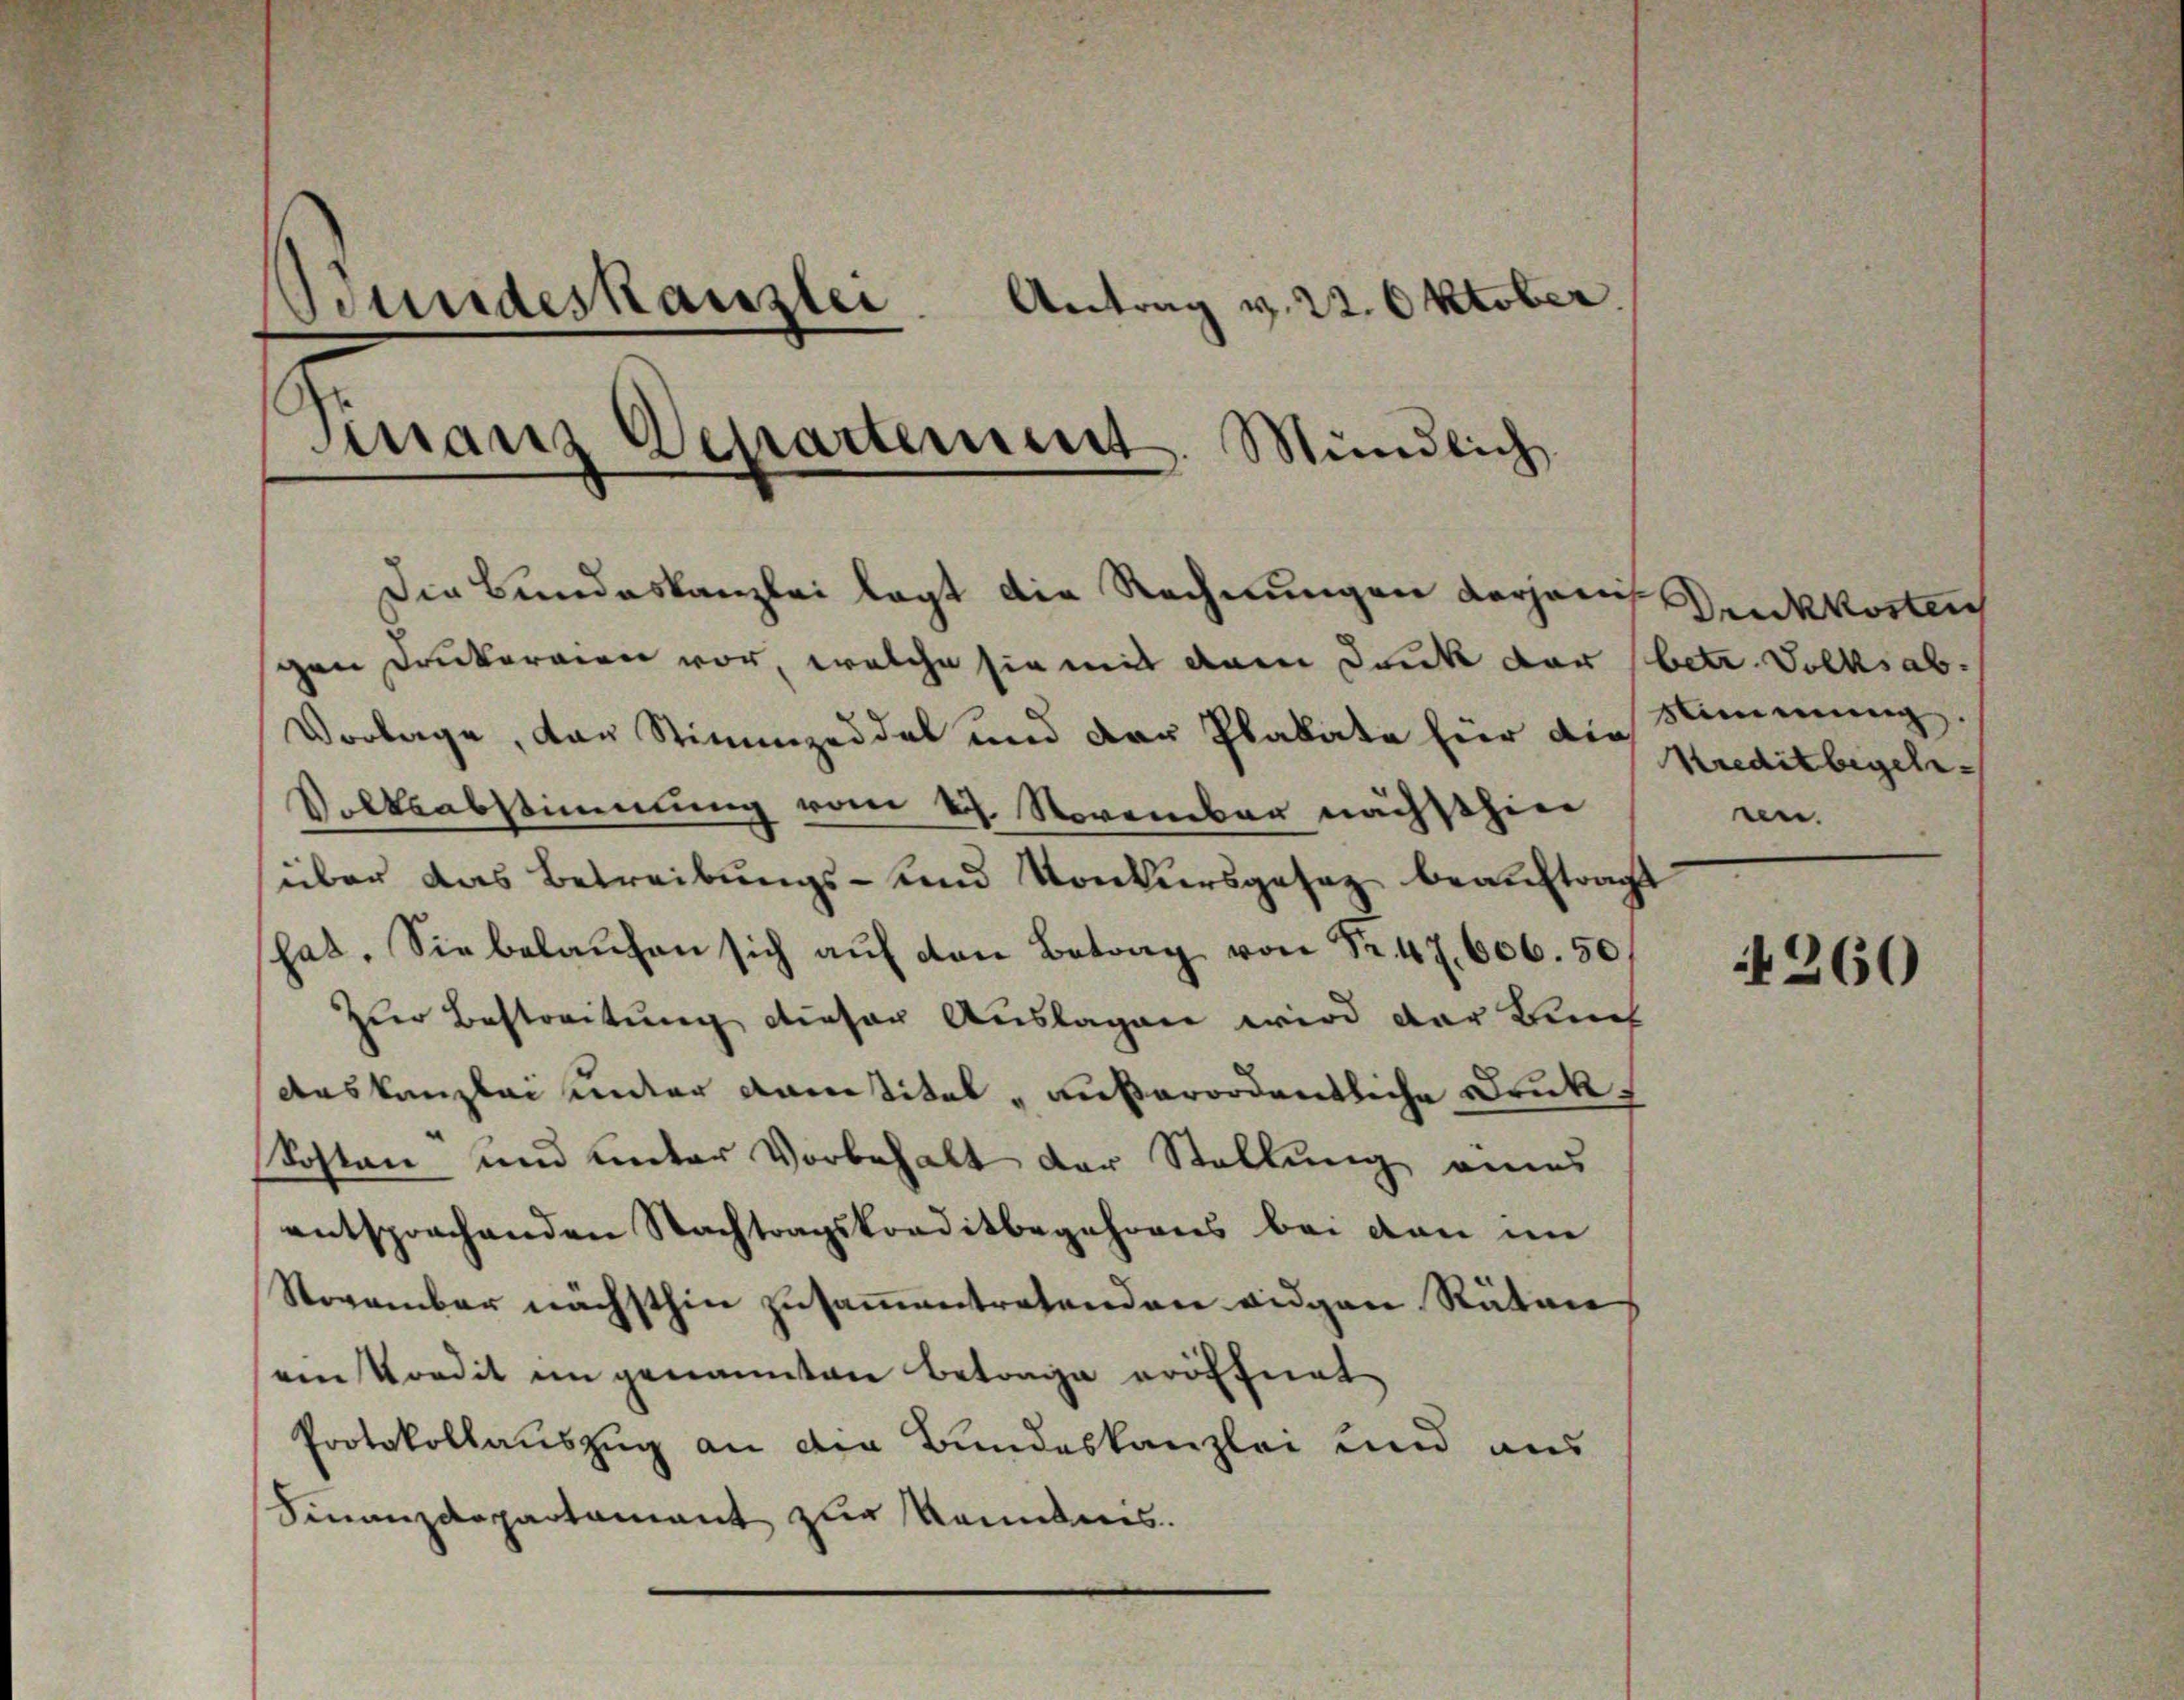
Bundeskanzlei. Antrag v. 22. Oktober.
Sinanz Departement. Mündlich
—
Die Bundeskanzlei legt die Rechnungen derjenisch
schen Druckereien vor, welche sie mit dem Dank der betr. Volksab¬
Vorlage, den Stimmzeddel und der Plakate für die Kreditbegele¬

Volksabstimmung vom 27. November nächsthin
über das Betreibungs- und Konkursgesez beauftrag
hat. Sie belaŭfen sich aŭf den Betrag von Nr. 47. 606. 50
Zur Bestreitung dieser Auslagen wird der Künf
Auskanzlei unter Kantitel „außerordentliche Druk¬
Sosten und unter Vorbehalt der Stellung eines
entsprochenden Nachtragskonditbegehrens bei den im
November nächsthin zusammentretenden eidgen Räten
ein Vordit im genannten Betrage eröffnet
Protokollauszug an die Bundeskanzlei und aus
Finanzdepartament zur Kenntnis.

Druckkosten
Stimmung.
nn.

4260